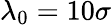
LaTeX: \lambda_{0}=10\sigma